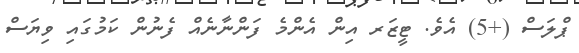
ޕްލަސް (+5) އެވެ. ޓީޒަރ އިން އެންމެ ފަންނާނެއް ފެނުން ކަމުގައި ވިޔަސް